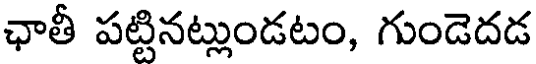
ఛాతీ పట్టినట్లుండటం, గుండెదడ